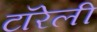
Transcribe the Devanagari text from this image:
टॉरेली